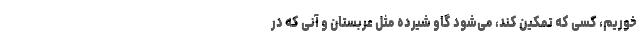
خوریم، کسی که تمکین کند، می‌شود گاو شیرده مثل عربستان و آنی که در